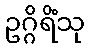
ဥဂ္ဂိရိံသု